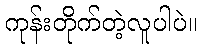
ကုန်းတိုက်တဲ့လူပါပဲ။